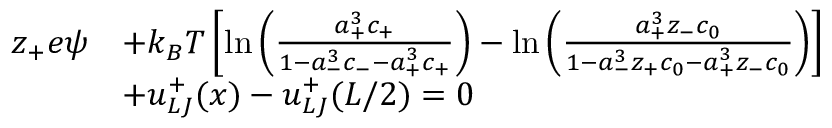
\begin{array} { r l } { z _ { + } e \psi } & { + k _ { B } T \left[ \ln \left( { \frac { a _ { + } ^ { 3 } c _ { + } } { 1 - a _ { - } ^ { 3 } c _ { - } - a _ { + } ^ { 3 } c _ { + } } } \right) - \ln \left( { \frac { a _ { + } ^ { 3 } z _ { - } c _ { 0 } } { 1 - a _ { - } ^ { 3 } z _ { + } c _ { 0 } - a _ { + } ^ { 3 } z _ { - } c _ { 0 } } } \right) \right] } \\ & { + u _ { L J } ^ { + } ( x ) - u _ { L J } ^ { + } ( L / 2 ) = 0 } \end{array}